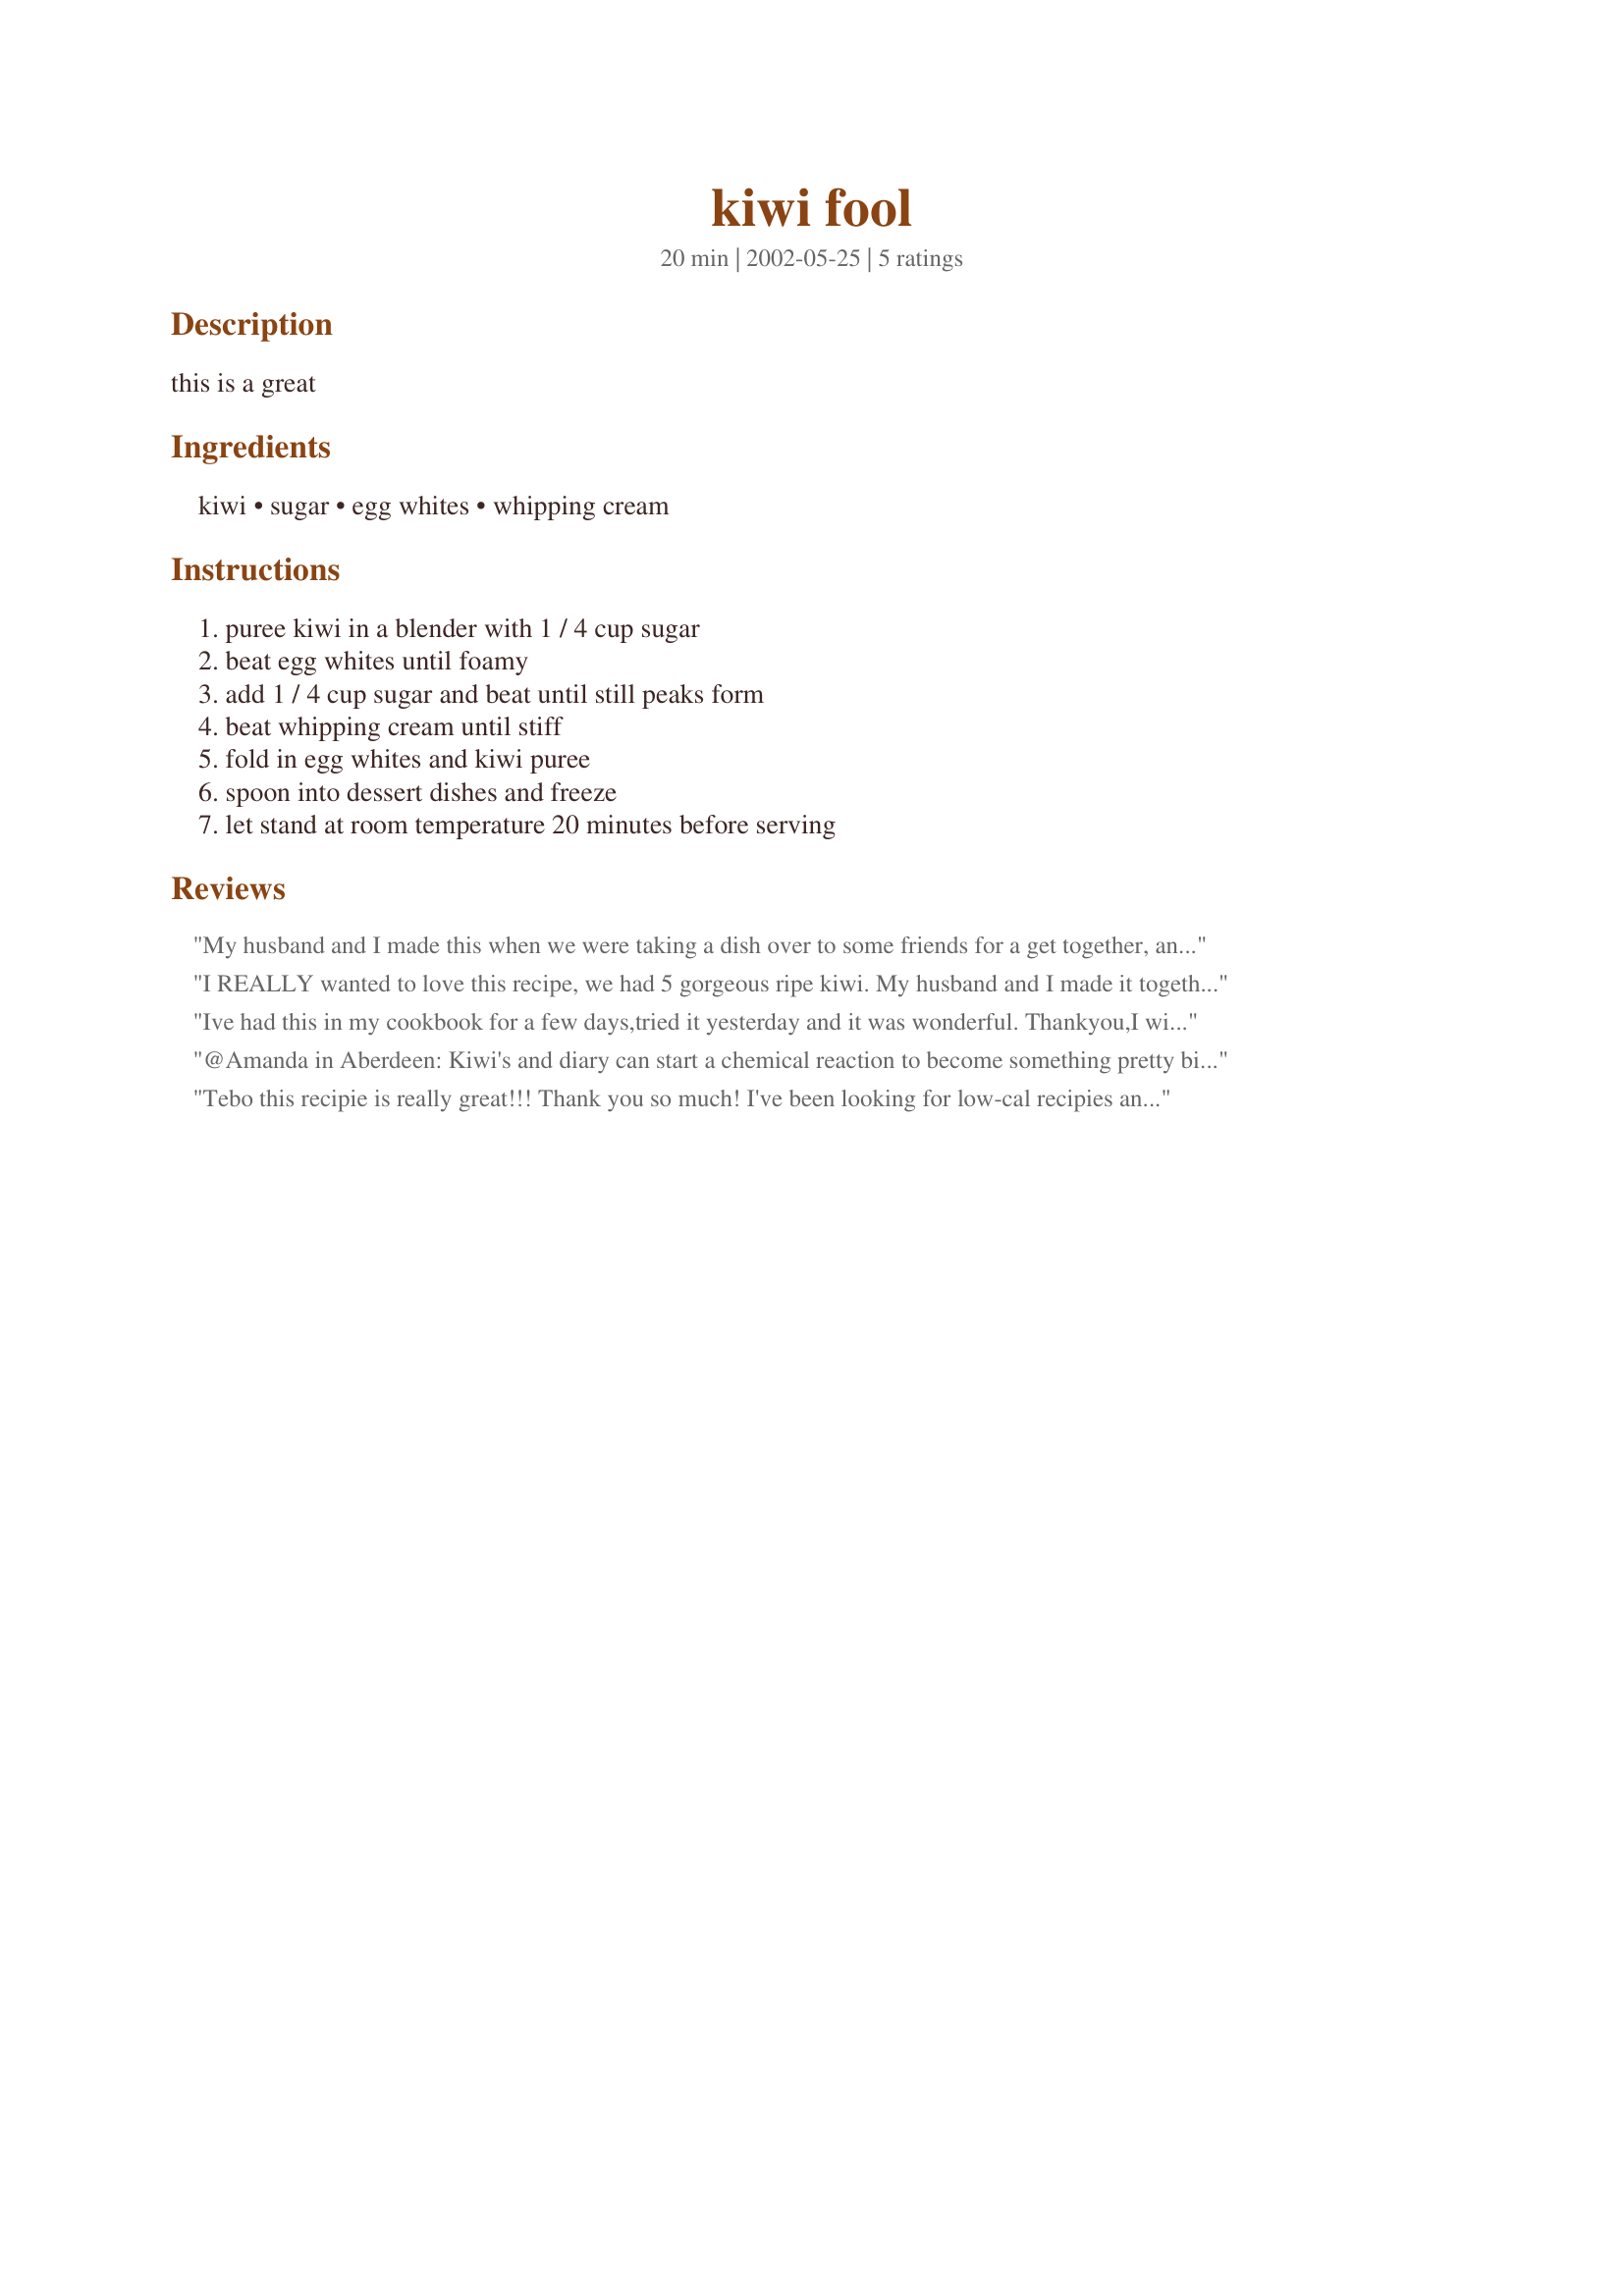
kiwi fool
Preparation time: 20 minutes

this is a great

Ingredients:
kiwi, sugar, egg whites, whipping cream

Steps:
puree kiwi in a blender with 1 / 4 cup sugar, beat egg whites until foamy, add 1 / 4 cup sugar and beat until still peaks form, beat whipping cream until stiff, fold in egg whites and kiwi puree, spoon into dessert dishes and freeze, let stand at room temperature 20 minutes before serving

Reviews:
My husband and I made this when we were taking a dish over to some friends for a get together, and it was a big hit. If it's a little tart, that's just part of the charm. I liked it when it was almost frozen. The edges of the bowl were frozen and a little in the center wasn't quite solid, and I creamed it all with my spoon and it was the perfect texture.
I REALLY wanted to love this recipe, we had 5 gorgeous ripe kiwi. My husband and I made it together, after we spooned the mixture into our dessert bowls and tasted what was left in the mixing bowl it seemed quite nice and lite, after it froze and we set it out and tasted it, honestly it was just dreadful.It was so sour and acidic, we even added a few extra teaspoosn of sugar into our bowls and it still didn't help. It sounds great and the ingredients are good but for some reason it just didn't turn out for us.I am hoping something in the ingredients was just off, I can't say that we are brave enough to try it again.
Ive had this in my cookbook for a few days,tried it yesterday and it was wonderful.
Thankyou,I will add this to my diet Im starting saturday!The taste is just right.
@Amanda in Aberdeen:
Kiwi's and diary can start a chemical reaction to become something pretty bitter. I personally don't know how to avoid it, although the other reviewers apparently have.
Tebo this recipie is really great!!! Thank you so much! I've been looking for low-cal recipies and didn't find anything! This was g r e a t! I didn't even need to use the sugar since the kiwis where sweet enough. I added half a banana though (i just had it on hand). I also tried the recipie without the whipping cream, for less calories, and it turned out fantastic! THANKS!!!
